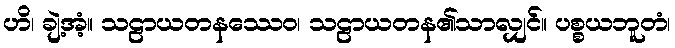
ဟိ၊ ချဲ့အံ့။ သဠာယတနဿေဝ၊ သဠာယတန၏သာလျှင်။ ပစ္စယဘူတံ၊